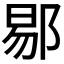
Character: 𬪉